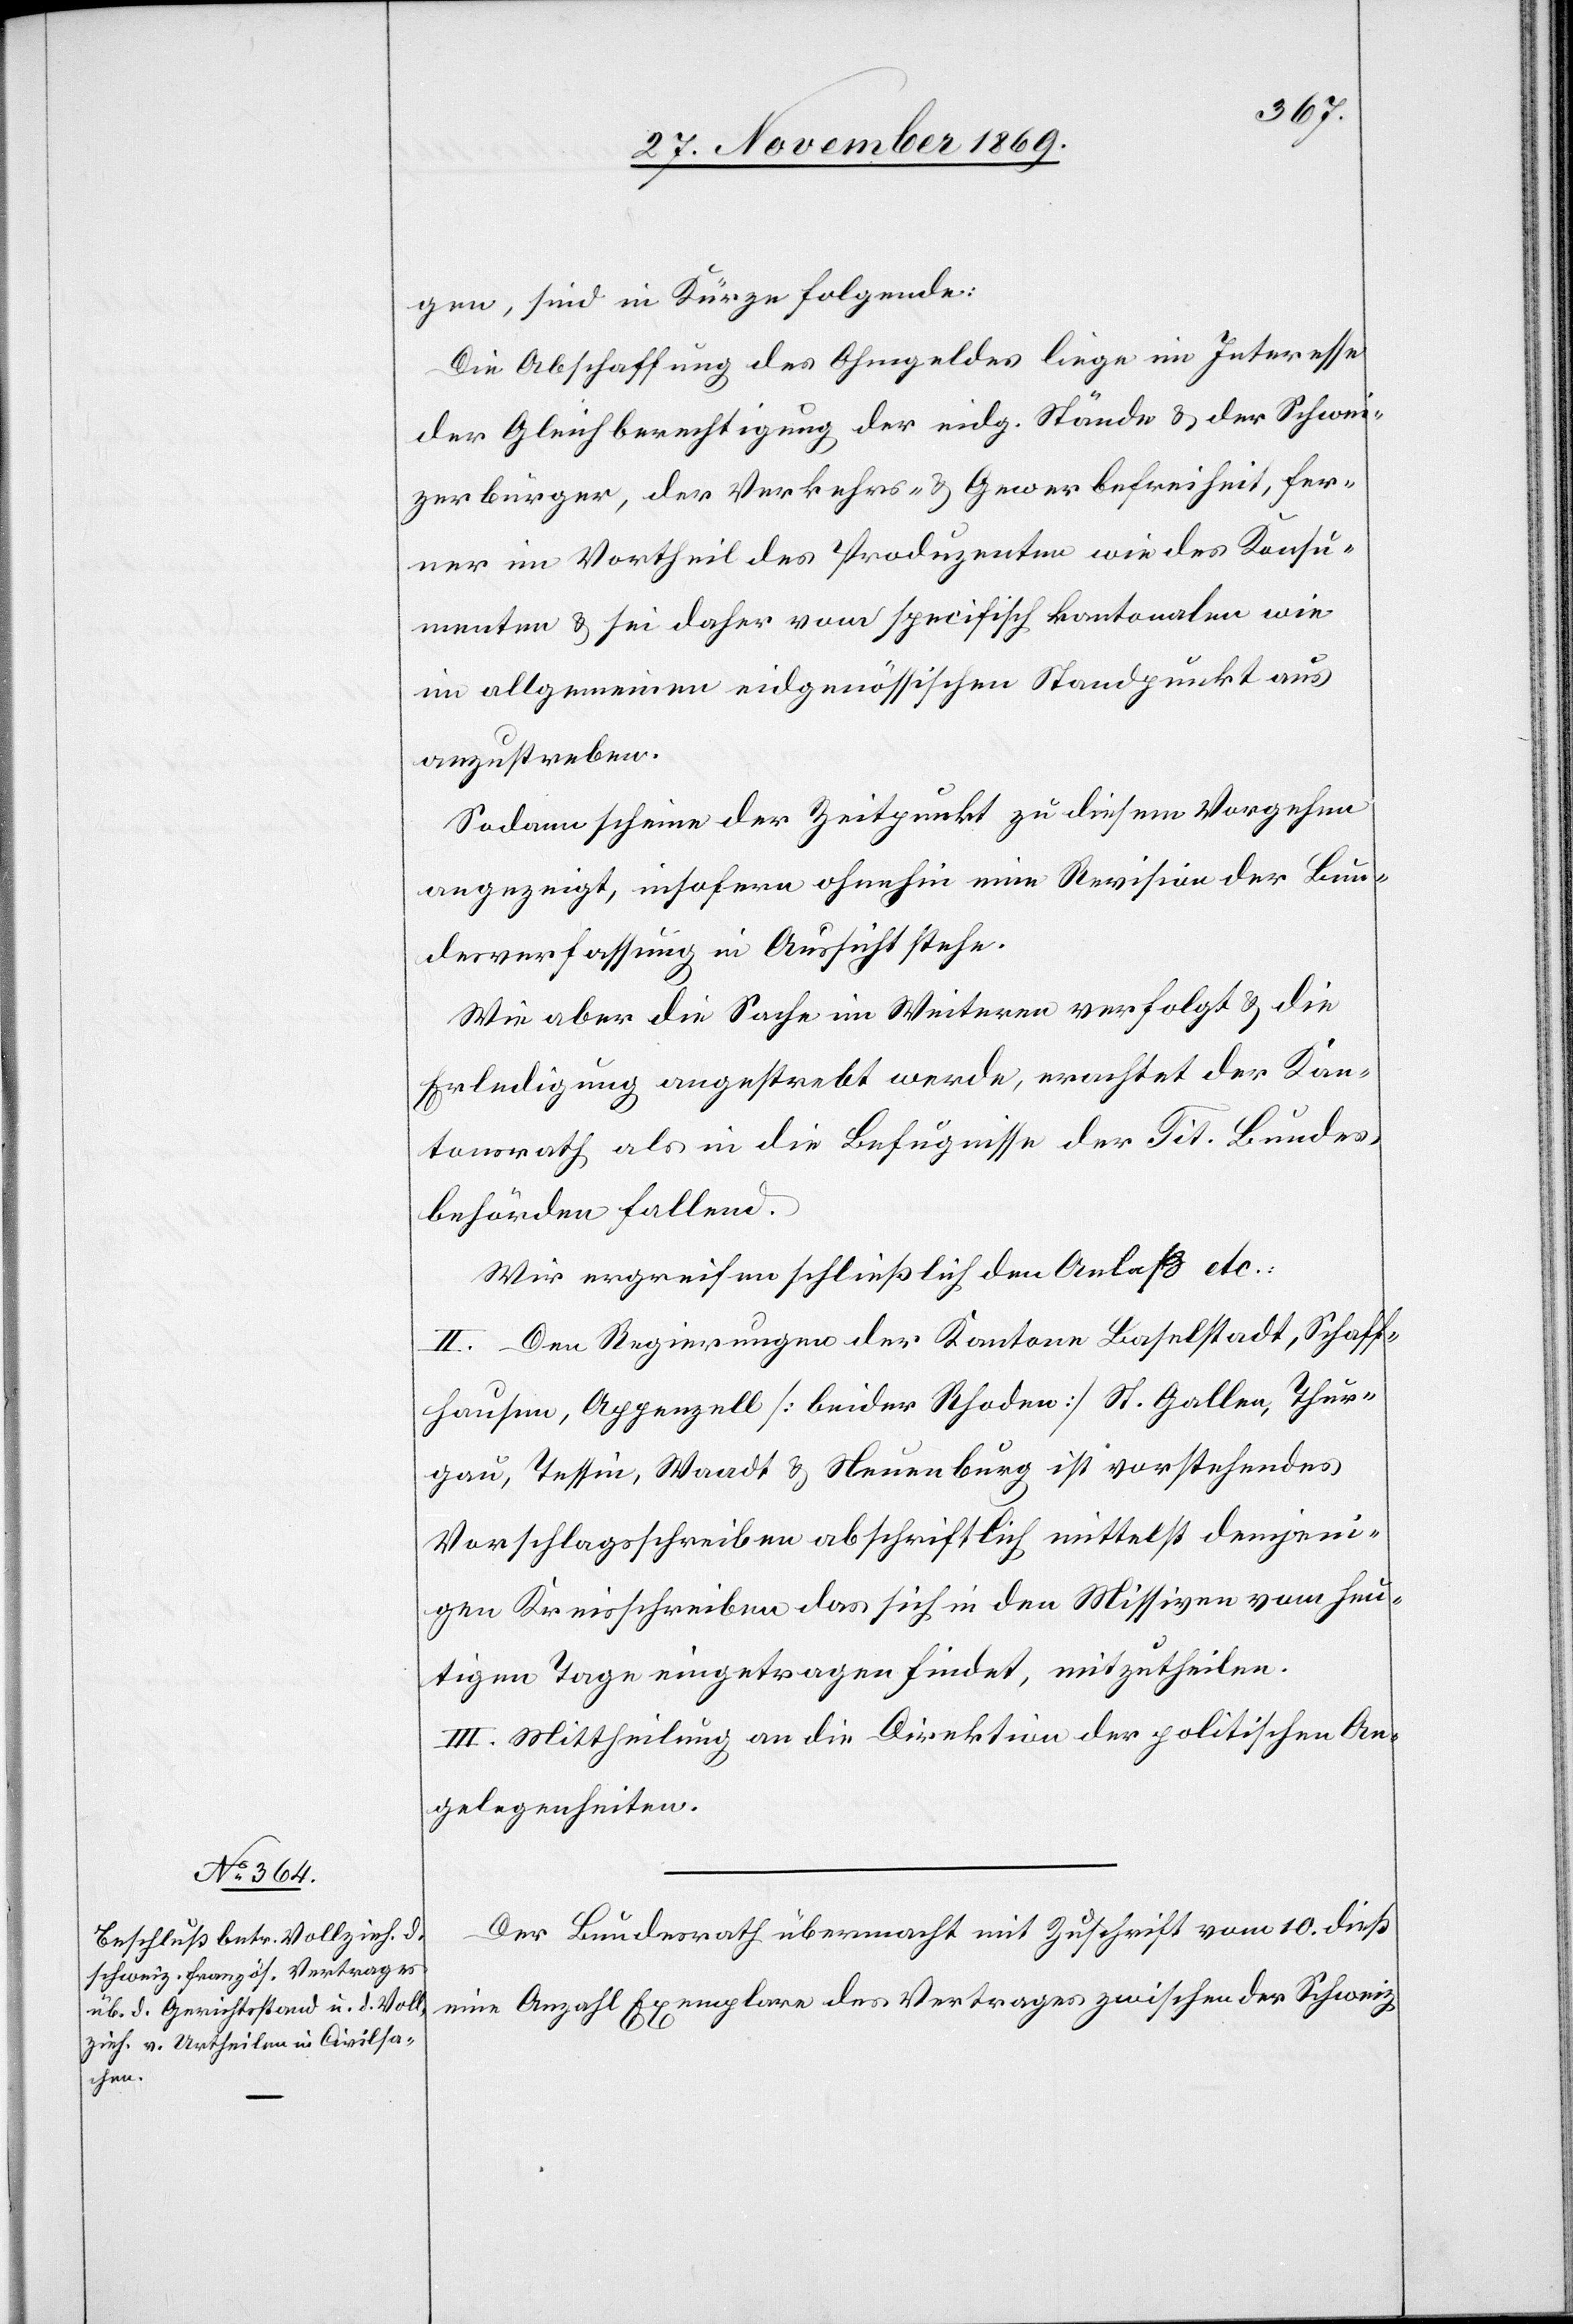
gen, sind in Kürze folgende:
Die Abschaffung des Ohmgeldes liege im Interesse
der Gleichberechtigung der eidg. Stände & der Schwei¬
zerbürger, der Verkehrs- & Gewerbefreiheit, fer¬
ner im Vortheil des Produzenten wie des Konsu¬
menten & sei daher vom specifisch kantonalen wie
vom] allgemeinen eidgenössischen Standpunkt aus
anzustreben.
Sodann scheine der Zeitpunkt zu diesem Vorgehen
angezeigt, insofern ohnehin eine Revision der Bun¬
desverfassung in Aussicht stehe.
Wie aber die Sache im Weiteren verfolgt & die
Erledigung angestrebt werde, erachtet der Kan¬
tonsrath als in die Befugnisse der Tit. Bundes¬
behörden fallend.
Wir ergreifen schließlich den Anlaß etc.:
II. Den Regierungen der Kantone Baselstadt, Schaff¬
hausen, Appenzell [beider Rhoden] St. Gallen, Thur¬
gau, Tessin, Waadt & Neuenburg ist vorstehendes
Vorschlagsschreiben abschriftlich mittelst demjeni¬
gen Kreisschreiben das sich in den Missiven vom heu¬
tigen Tage eingetragen findet, mitzutheilen.
III. Mittheilung an die Direktion der politischen An¬
gelegenheiten.
Der Bundesrath übermacht mit Zuschrift vom 10. dieß
eine Anzahl Exemplare des Vertrages zwischen der Schweiz